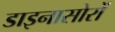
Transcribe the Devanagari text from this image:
डाइनासोरों